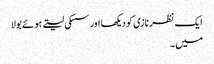
ایک نظر نازی کو دیکھا اور سسکی لیتے ہوئے بولا
میں ۔